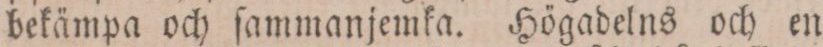
bekämpa och ſammanjemka. Högadelns och en